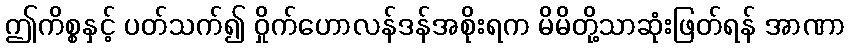
ဤကိစ္စနှင့် ပတ်သက်၍ ဝှိုက်ဟောလန်ဒန်အစိုးရက မိမိတို့သာဆုံးဖြတ်ရန် အာဏာ